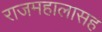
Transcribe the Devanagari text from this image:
राजमहालासह